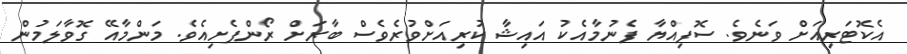
އެކޮޓަރިއަށް ވަނެވެ. ސޮފިއްޔާ ފެނުމާއެކު އައިޝާ ކުރިއަށްވުރެވެސް ބާރަށް ރޯންފެށިއެވެ. މަންމާއޭ ގޮވާލަމުން